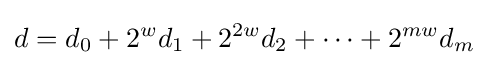
d=d_{0}+2^{w}d_{1}+2^{2w}d_{2}+\cdots +2^{mw}d_{m}